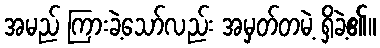
အမည် ကြားခဲ့သော်လည်း အမှတ်တမဲ့ ရှိခဲ့၏။